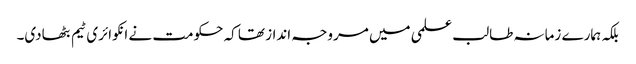
بلکہ ہمارے زمانہ طالب علمی میں مروجہ انداز تھا کہ حکومت نے انکوائری ٹیم بٹھادی۔